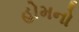
હોમનો